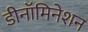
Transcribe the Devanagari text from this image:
डीनॉमिनेशन